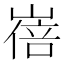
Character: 𡻓